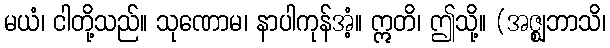
မယံ၊ ငါတို့သည်။ သုဏောမ၊ နာပါကုန်အံ့။ ဣတိ၊ ဤသို့။ (အဇ္ဈဘာသိ၊